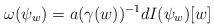
LaTeX: \begin{align*}\omega(\psi_{w}) = a(\gamma(w))^{-1} dI(\psi_{w})[w]\end{align*}